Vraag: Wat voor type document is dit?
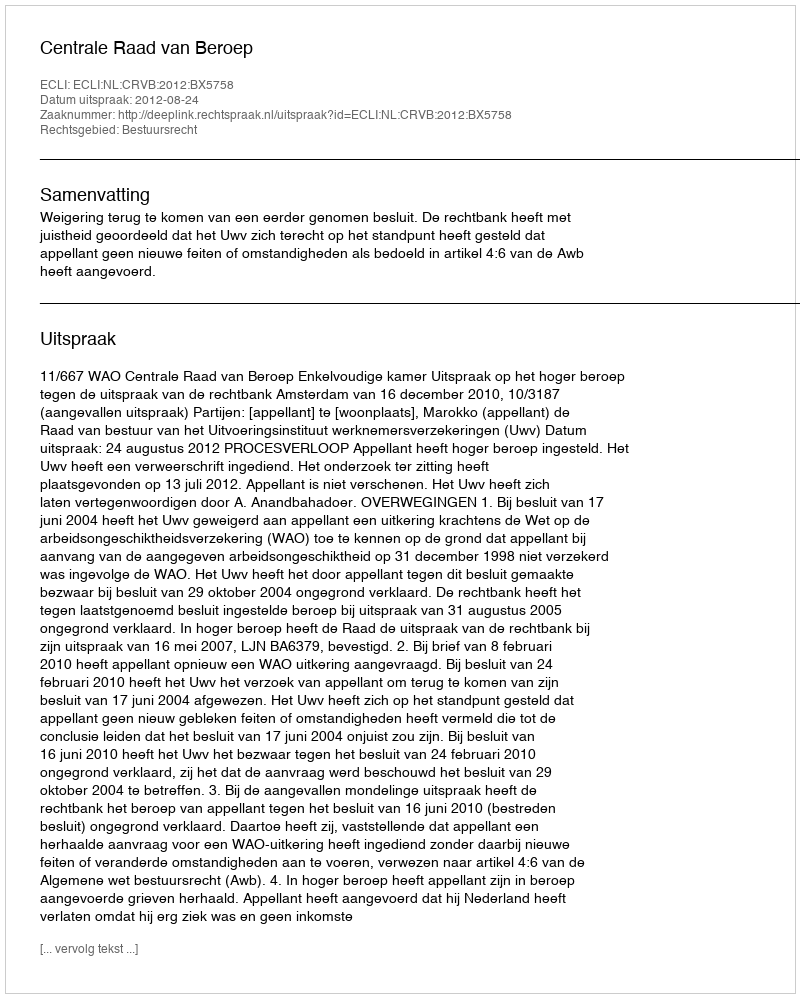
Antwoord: Uitspraak